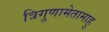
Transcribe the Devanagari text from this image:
त्रिगुणामेतामाहु